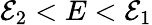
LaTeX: \mathcal{E}_{2}<E<\mathcal{E}_{1}